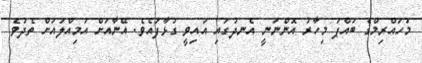
މުހައްރިމްގެ ބައްޕަ މިހާރު އޮންނަނީ އެނދުގައި އައިވީ ގުޅާފައެވެ. އޭނާއަށް އަމިއްލައަށް ތެދުވެ